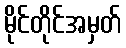
မိုင်တိုင်အမှတ်